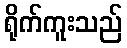
ရိုက်ကူးသည်